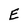
Character: E